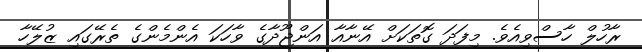
ރާހުލް ހާސްވިއެވެ. މިފަދަ ގޮތަކަށް އޭނާއާ އަންޖޫދާގެ ވާހަކަ އެންމެންގެ ތެރޭގައި ޒުލޭހާ